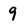
Character: 9